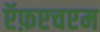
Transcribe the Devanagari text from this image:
ऍफ़एचएम